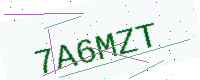
Text: 7A6MZT